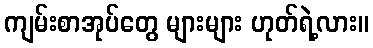
ကျမ်းစာအုပ်တွေ များများ ဟုတ်ရဲ့လား။